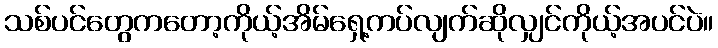
သစ်ပင်တွေကတော့ကိုယ့်အိမ်ရှေ့ကပ်လျက်ဆိုလျှင်ကိုယ့်အပင်ပဲ။